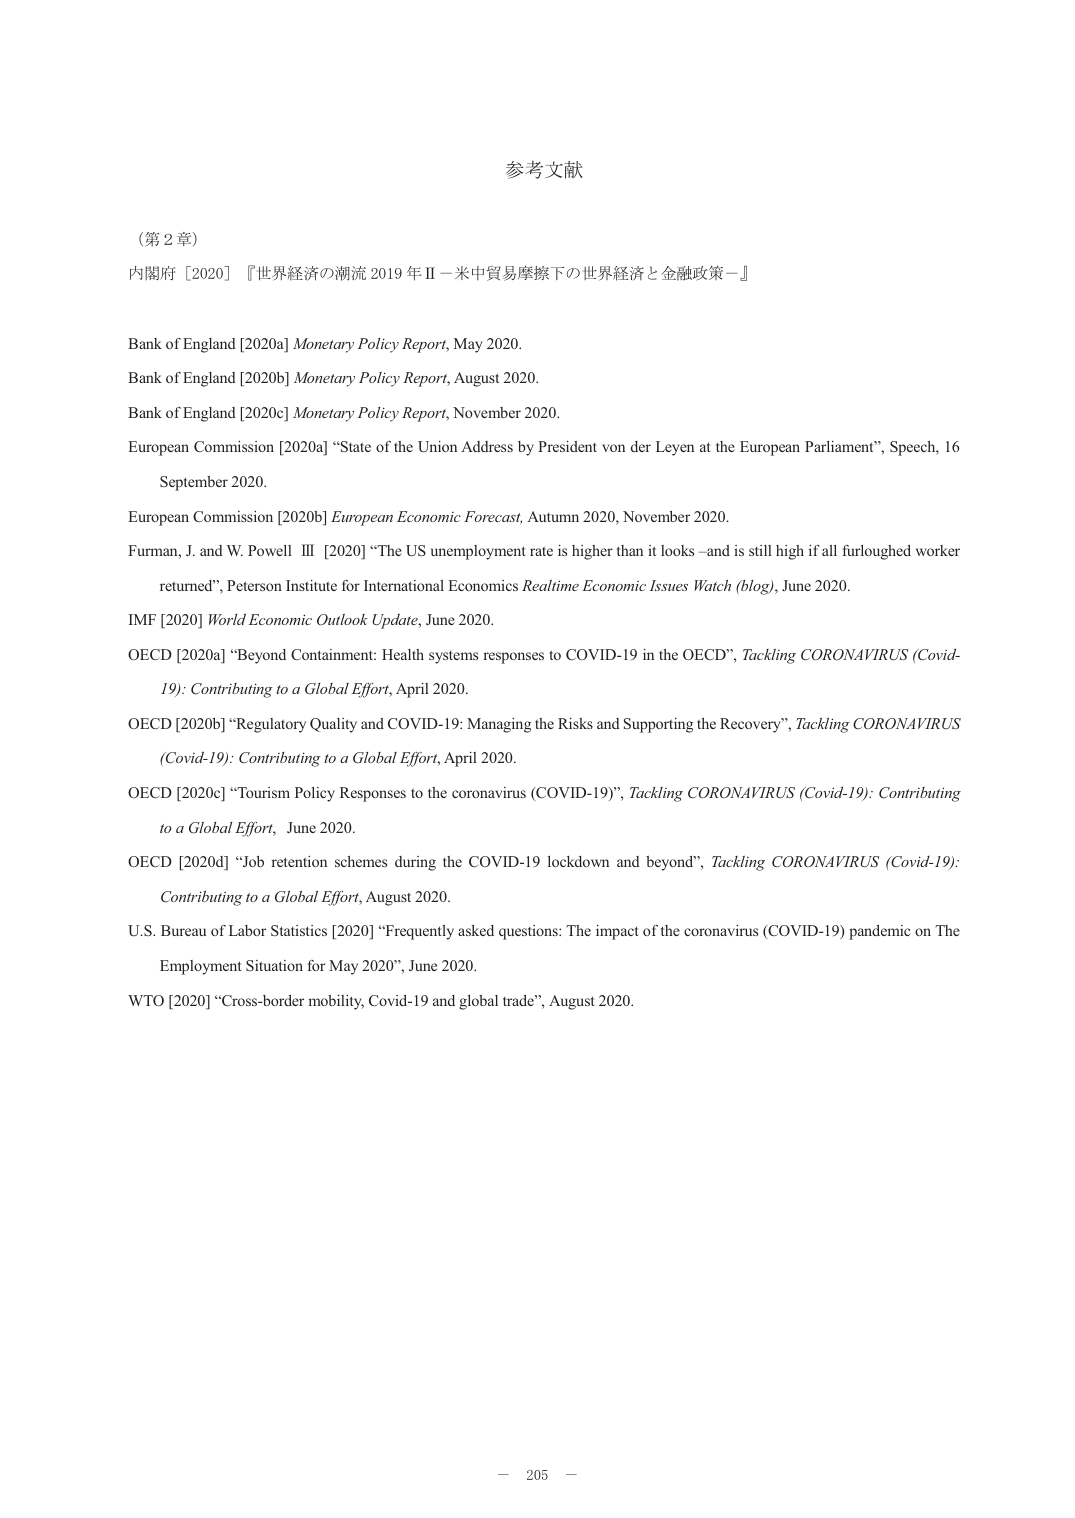
参考文献

（第２章）
内閣府［2020］『世界経済の潮流 2019 年Ⅱ－米中貿易摩擦下の世界経済と金融政策－』

Bank of England [2020a] Monetary Policy Report, May 2020.
Bank of England [2020b] Monetary Policy Report, August 2020.
Bank of England [2020c] Monetary Policy Report, November 2020.
European Commission [2020a] “State of the Union Address by President von der Leyen at the European Parliament”, Speech, 16 September 2020.
European Commission [2020b] European Economic Forecast, Autumn 2020, November 2020.
Furman, J. and W. Powell III [2020] “The US unemployment rate is higher than it looks –and is still high if all furloughed worker returned”, Peterson Institute for International Economics Realtime Economic Issues Watch (blog), June 2020.
IMF [2020] World Economic Outlook Update, June 2020.
OECD [2020a] “Beyond Containment: Health systems responses to COVID-19 in the OECD”, Tackling CORONAVIRUS (Covid-19): Contributing to a Global Effort, April 2020.
OECD [2020b] “Regulatory Quality and COVID-19: Managing the Risks and Supporting the Recovery”, Tackling CORONAVIRUS (Covid-19): Contributing to a Global Effort, April 2020.
OECD [2020c] “Tourism Policy Responses to the coronavirus (COVID-19)”, Tackling CORONAVIRUS (Covid-19): Contributing to a Global Effort, June 2020.
OECD [2020d] “Job retention schemes during the COVID-19 lockdown and beyond”, Tackling CORONAVIRUS (Covid-19): Contributing to a Global Effort, August 2020.
U.S. Bureau of Labor Statistics [2020] “Frequently asked questions: The impact of the coronavirus (COVID-19) pandemic on The Employment Situation for May 2020”, June 2020.
WTO [2020] “Cross-border mobility, Covid-19 and global trade”, August 2020.

－ 205 －